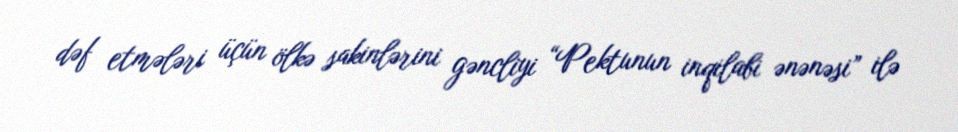
dəf etmələri üçün ölkə sakinlərini gəncliyi “Pektunun inqilabi ənənəsi” ilə